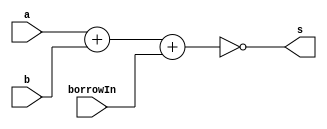
// -------------------------
// Exemplo0022 - FULL SUBTRACTOR 
// Nome: Guilherme Rodrigues Melo de Oliveira
// ------------------------- 
// ------------------------- 
// full subtractor 
// ------------------------- 
module fullSubtractor (output[5:0] s,
input [5:0] a, 
input[5:0] b, 
input [0:0]borrowIn); 
// descrever por portas     ESSA NAO E' A DESCRICAO SUGERIDA ! ! !
assign s = ~(a + b + borrowIn);
endmodule // fullSubtractor 
module test_fullSubtractor; 
// ------------------------- definir dados 
reg [5:0] x; 
reg [5:0] y; 
reg borrow; 
wire [5:0] soma; 

fullSubtractor modulo (soma,x,y,borrow);
// ------------------------- parte principal 
initial begin 
$display("Exemplo0021 - Guilherme Rodrigues Melo de Oliveira - 427409"); 
$display("Test ALU's full Subtractor");

x = 6'b010000; y = 6'b011011;borrow = 1;

$display("%b + %b + %b  = %b ",x,y,borrow,soma);  
 
end 
endmodule // test_fullSubtractor